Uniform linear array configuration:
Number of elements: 16
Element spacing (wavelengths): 1
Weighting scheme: binomial
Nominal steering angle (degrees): -60
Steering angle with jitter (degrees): -59.285
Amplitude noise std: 0.05
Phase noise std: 0.05

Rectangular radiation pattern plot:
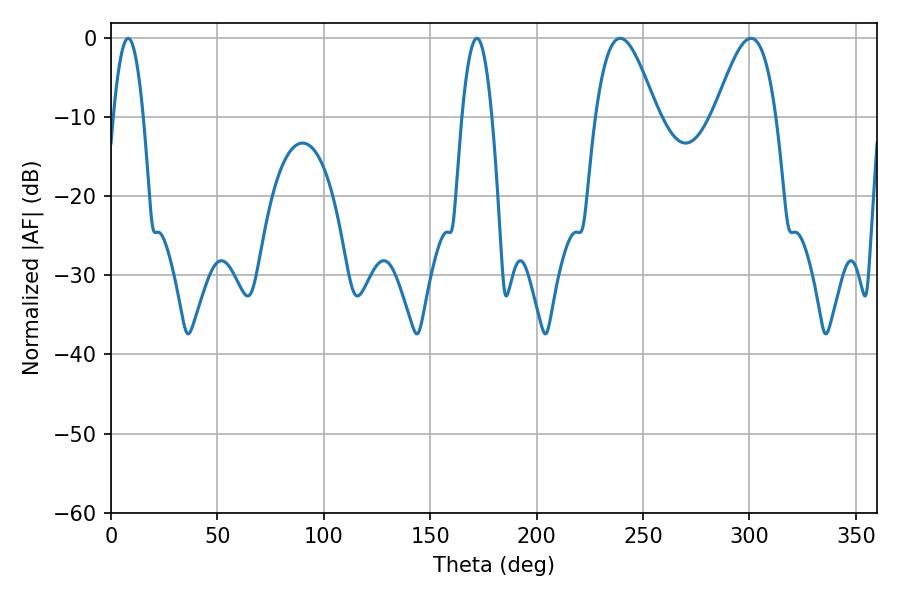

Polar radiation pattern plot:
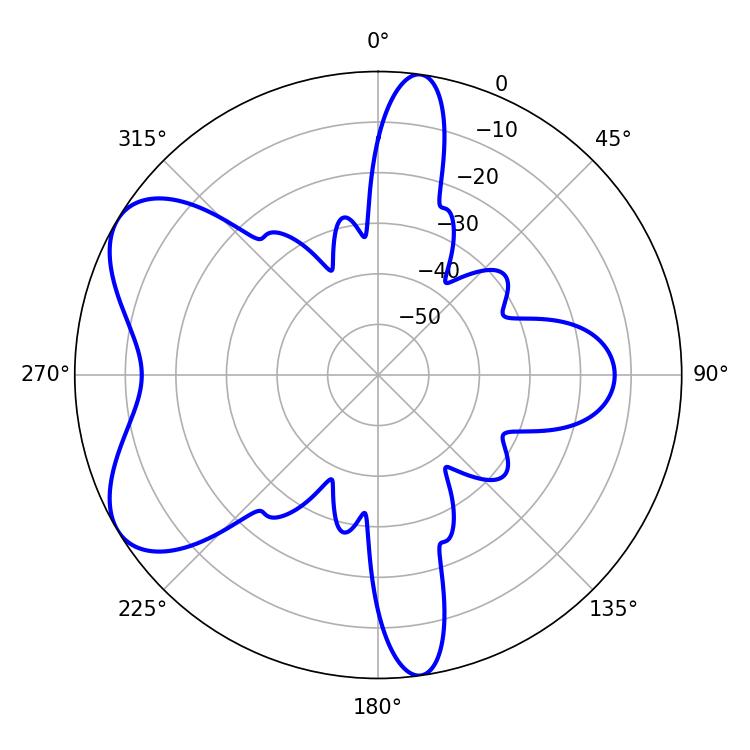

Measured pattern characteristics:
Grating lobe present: TRUE
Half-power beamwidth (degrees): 15.48
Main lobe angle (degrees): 239.22